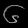
Digit: ၆